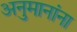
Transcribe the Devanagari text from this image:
अनुमानांना